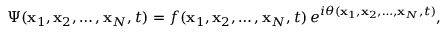
\Psi ( { \bf x } _ { 1 } , { \bf x } _ { 2 } , \ldots , { \bf x } _ { N } , t ) = f ( { \bf x } _ { 1 } , { \bf x } _ { 2 } , \ldots , { \bf x } _ { N } , t ) \, e ^ { i \theta ( { \bf x } _ { 1 } , { \bf x } _ { 2 } , \ldots , { \bf x } _ { N } , t ) } ,